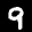
Label: 9